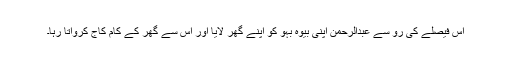
اس فیصلے کی رو سے عبدالرحمن اپنی بیوہ بہو کو اپنے گھر لایا اور اس سے گھر کے کام کاج کرواتا رہا۔